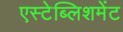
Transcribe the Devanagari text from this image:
एस्टेब्लिशमेंट